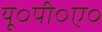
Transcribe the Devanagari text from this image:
यू०पी०ए०